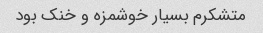
متشکرم بسیار خوشمزه و خنک بود